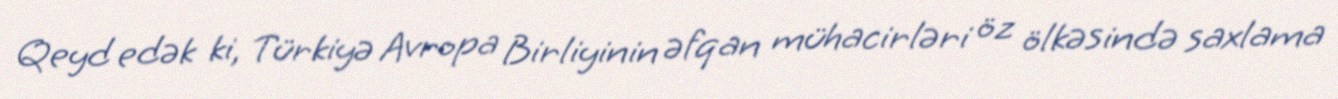
Qeyd edək ki, Türkiyə Avropa Birliyinin əfqan mühacirləri öz ölkəsində saxlama